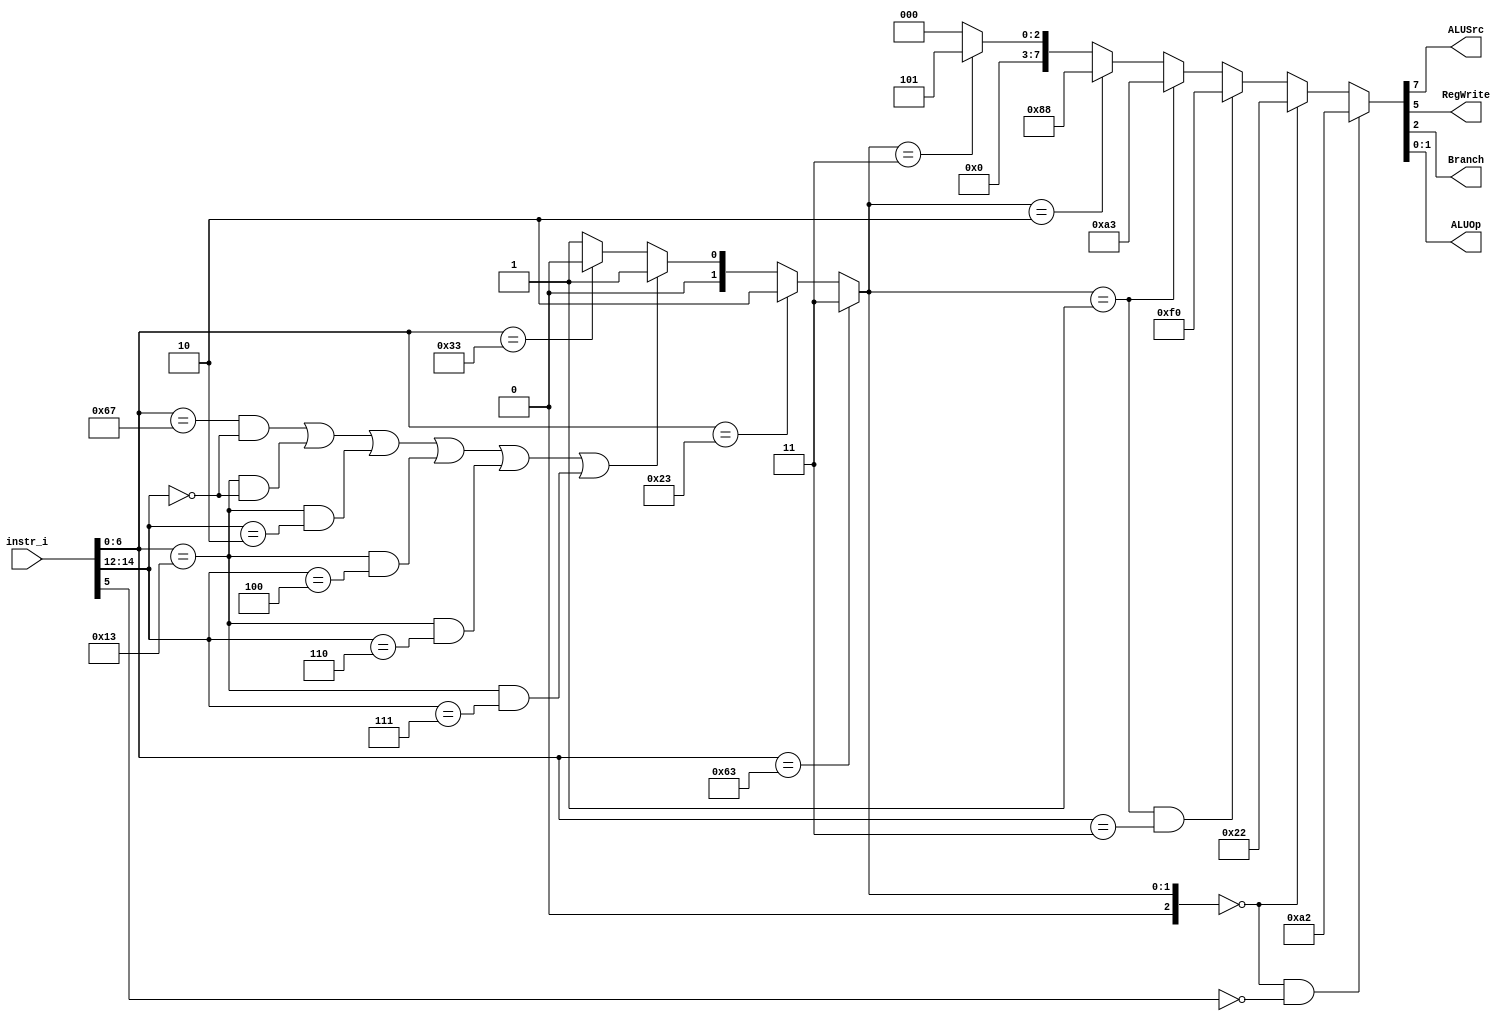
/***************************************************
Student Name: 
Student ID: 
***************************************************/

`timescale 1ns/1ps

module Decoder(
	input [32-1:0] 	instr_i,
	output wire			ALUSrc,
	output wire			RegWrite,
	output wire			Branch,
	output wire [2-1:0]	ALUOp
	);
	
//Internal Signals
wire	[7-1:0]		opcode;
wire 	[3-1:0]		funct3;
wire	[3-1:0]		Instr_field;
wire	[9-1:0]		Ctrl_o;

assign opcode = instr_i[6:0];
assign funct3 = instr_i[14:12];

// Check Instr. Field
// 0:R-type, 1:I-type, 2:S-type, 3:B-type					 
assign Instr_field = (opcode==7'b1100011)?3:(
                     (opcode==7'b0100011)?2:((
					 (opcode==7'b1100111 && funct3==3'b000) ||	//JALR
                     (opcode==7'b0010011 && funct3==3'b000) ||	//ADDI
					 (opcode==7'b0010011 && funct3==3'b010) ||	//SLTI
					 (opcode==7'b0010011 && funct3==3'b100) ||	//XORI
					 (opcode==7'b0010011 && funct3==3'b110) ||	//ORI
					 (opcode==7'b0010011 && funct3==3'b111))?1:(//ANDI
					 (opcode==7'b0110011)?0:
					 1)));
					 
assign Ctrl_o = (Instr_field==0 && opcode[5]==0)?9'b010100010:(
				(Instr_field==0)?9'b000100010:(
				(Instr_field==1 && opcode==7'b0000011)?9'b011110000:( //LW
				(Instr_field==1)?9'b010100011:(
				(Instr_field==2)?9'b010001000:(
				(Instr_field==3)?9'b000000101:(
				0))))));
				
assign ALUSrc 	= Ctrl_o[7];
assign RegWrite = Ctrl_o[5];
assign Branch	= Ctrl_o[2];
assign ALUOp 	= {Ctrl_o[1:0]};

endmodule